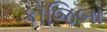
કોજિબા